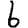
Digit: 6